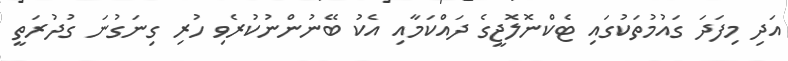
އަދި މިފަދަ ގައުމުތަކުގައި ޓެކްނޮލޮޖީގެ ދައްކަމާއި އެކު ބޭނުންނުކުރެވި ހުރި ގިނަގުނަ ގުދުރަތީ